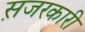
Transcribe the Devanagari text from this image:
स़जरकारी